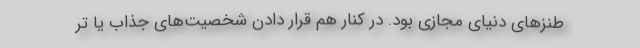
طنزهای دنیای مجازی بود. در کنار هم قرار دادن شخصیت‌های جذاب یا تر